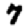
Digit: 7